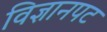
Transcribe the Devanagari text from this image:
विज्ञानपट